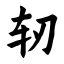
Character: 轫